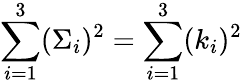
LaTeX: \sum_{i=1}^{3}(\Sigma_{i})^{2}=\sum_{i=1}^{3}(k_{i})^{2}